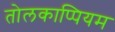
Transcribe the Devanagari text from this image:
तोलकाप्पियम